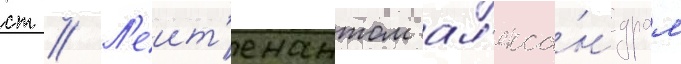
ст // Л'еит'енантом ал'екса́ндром